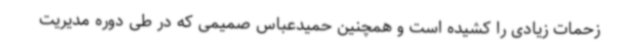
زحمات زیادی را کشیده است و همچنین حمیدعباس صمیمی که در طی دوره مدیریت